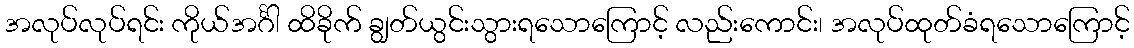
အလုပ်လုပ်ရင်း ကိုယ်အင်္ဂါ ထိခိုက် ချွတ်ယွင်းသွားရသောကြောင့် လည်းကောင်း၊ အလုပ်ထုတ်ခံရသောကြောင့်